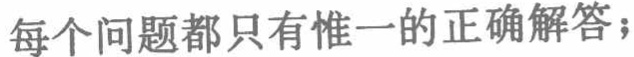
每个问题都只有惟一的正确解答；